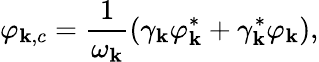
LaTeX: \varphi_{{\mathbf k},c}=\frac{1}{\omega_{\mathbf k}}(\gamma_{\mathbf k}\varphi_{\mathbf k}^{*}+\gamma_{\mathbf k}^{*}\varphi_{\mathbf k}),